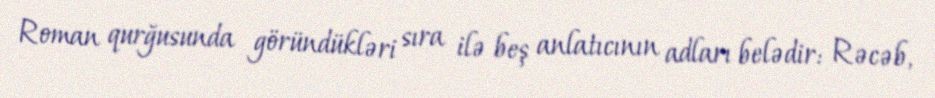
Roman qurğusunda göründükləri sıra ilə beş anlatıcının adları belədir: Rəcəb,